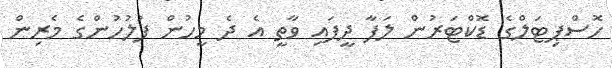
ހޮސްޕިޓަލްގެ ޑޮކްޓަރުން ލަފާ ދީފައި ވާތީ އެ ދެ މީހުން ފުލުހުންގެ މެރިން